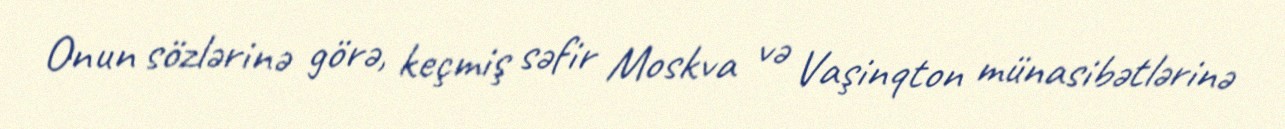
Onun sözlərinə görə, keçmiş səfir Moskva və Vaşinqton münasibətlərinə